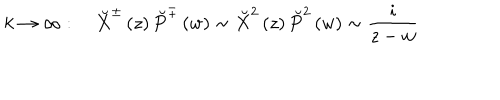
k \rightarrow \infty : \quad \breve { X } ^ { \pm } \left( z \right) \breve { P } ^ { \mp } \left( w \right) \sim \breve { X } ^ { 2 } \left( z \right) \breve { P } ^ { 2 } \left( w \right) \sim \frac i { z - w }